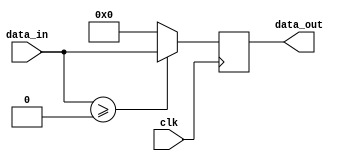
module cal_relu
(
	input clk,
	//input signed [7:0] zero_point,
	input signed [7:0] data_in,
	output reg signed [7:0] data_out
);
	always@(posedge clk) begin
		if(data_in>=0) begin
			data_out<=data_in;
		end else begin
			data_out<=0;
		end
	end
endmodule